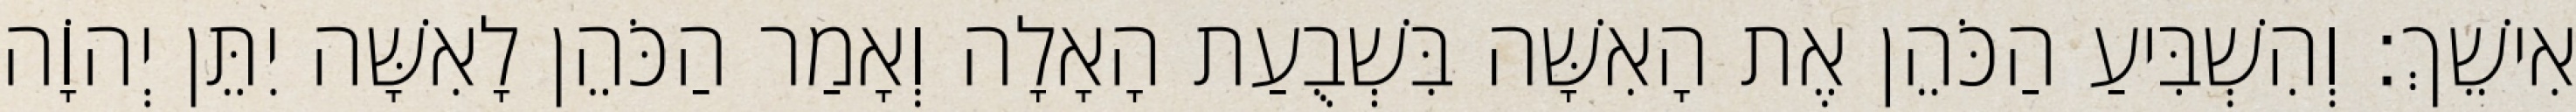
אִישֵׁךְ׃ וְהִשְׁבִּיעַ הַכֹּהֵן אֶת הָאִשָּׁה בִּשְׁבֻעַת הָאָלָה וְאָמַר הַכֹּהֵן לָאִשָּׁה יִתֵּן יְהוָֹה